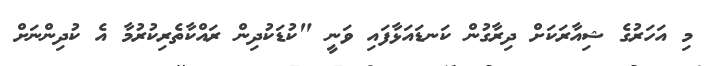
މި އަހަރުގެ ޝިއާރަކަށް ދިރާގުން ކަނޑަައަޅާފައި ވަނީ "ކުޑަކުދިން ރައްކާތެރިކުރުމާ އެ ކުދިންނަށް